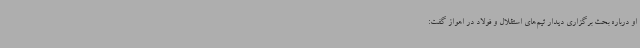
او درباره بحث برگزاری دیدار تیم‌های استقلال و فولاد در اهواز گفت: